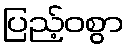
ပြည့်ဝစွာ